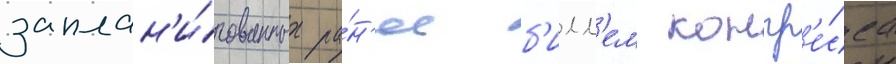
заплан'и́рованных ра́н'ее б'илл'ем конгр'е́сса